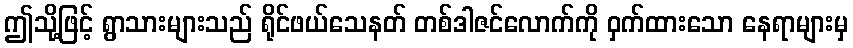
ဤသို့ဖြင့် ရွာသားများသည် ရိုင်ဖယ်သေနတ် တစ်ဒါဇင်လောက်ကို ဝှက်ထားသော နေရာများမှ